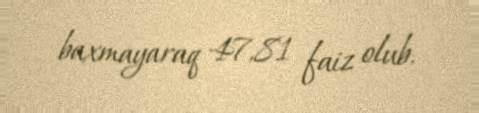
baxmayaraq 47,81 faiz olub.